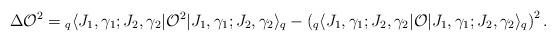
LaTeX: \begin{align*}\Delta \mathcal{O}^2 = {}_q\langle J_1,\gamma_1; J_2,\gamma_2\vert \mathcal{O}^2\vert J_1,\gamma_1; J_2,\gamma_2\rangle_q -\left({}_q\langle J_1,\gamma_1; J_2,\gamma_2\vert \mathcal{O} \vert J_1,\gamma_1; J_2,\gamma_2\rangle_q\right)^2.\end{align*}